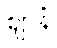
ဈာနံ